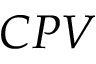
C P V